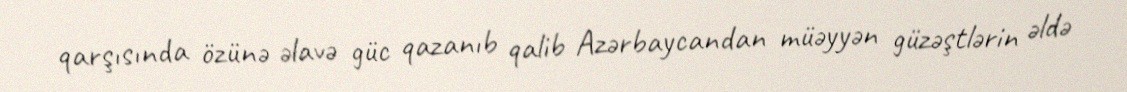
qarşısında özünə əlavə güc qazanıb qalib Azərbaycandan müəyyən güzəştlərin əldə